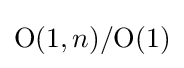
\mathrm {O} (1,n)/\mathrm {O} (1)